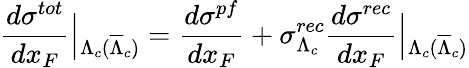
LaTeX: \frac{d\sigma^{tot}}{dx_{F}}\left|_{\Lambda_{c}(\overline{{{\Lambda}}}_{c})}\right.=\frac{d\sigma^{pf}}{dx_{F}}+\sigma_{\Lambda_{c}}^{rec}\frac{d\sigma^{rec}}{dx_{F}}\left|_{\Lambda_{c}(\overline{{{\Lambda}}}_{c})}\right.